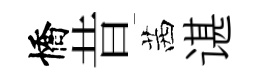
憍昔茜谌